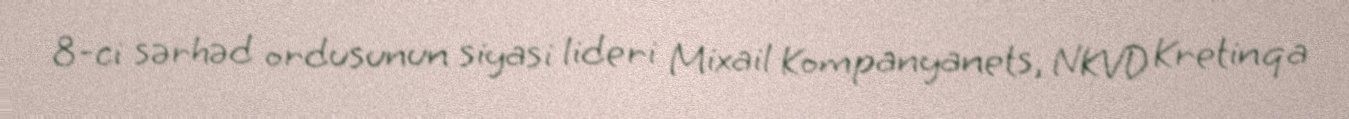
8-ci sərhəd ordusunun siyasi lideri Mixail Kompanyanets, NKVD Kretinqa